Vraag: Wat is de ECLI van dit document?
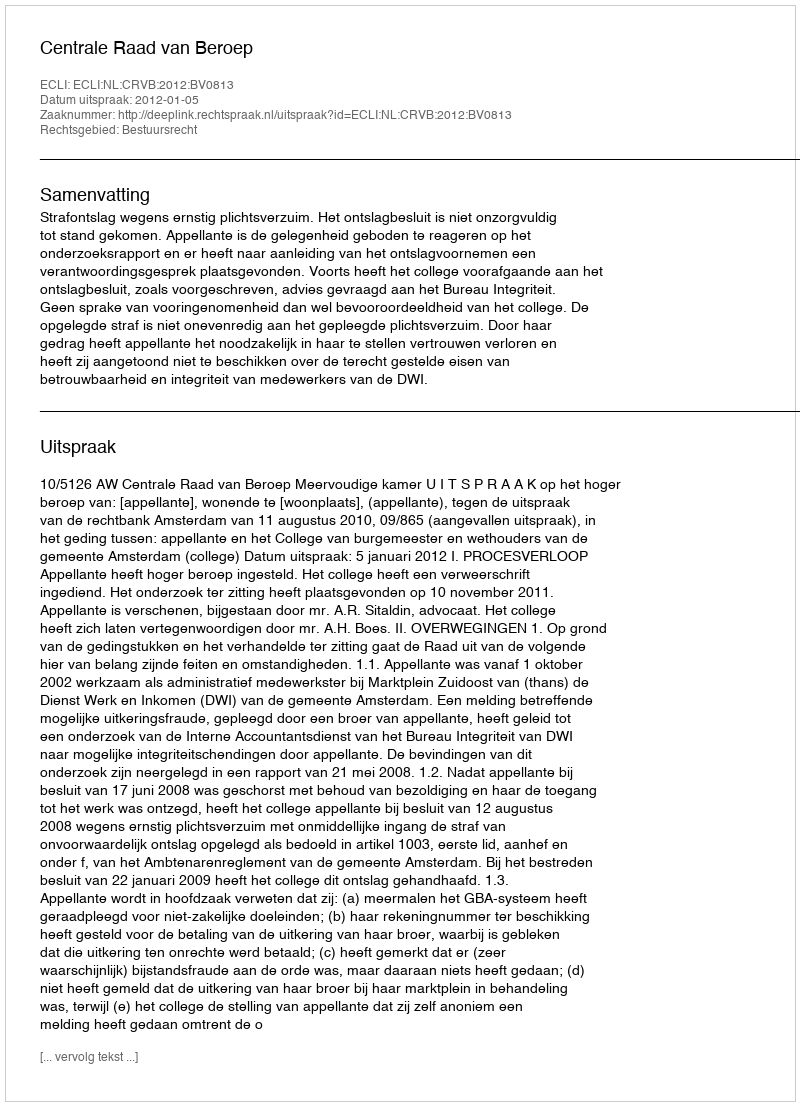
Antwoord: ECLI:NL:CRVB:2012:BV0813